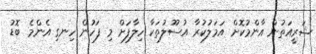
ޝަރީއަތުން އާންމުކޮށް އަމަލުކުރާ އުސޫލުތަކާ ހިލާފަށް މި ފަހުން ހިނގި އެންމެ ބޮޑު